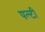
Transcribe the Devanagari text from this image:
पल्टी